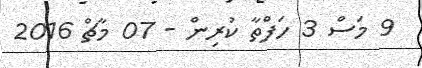
9 މަސް 3 ހަފްތާ ކުރިން - 07 މާޗް 2016